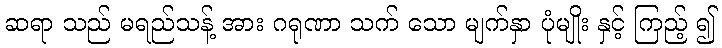
ဆရာ သည် မရည်သန့် အား ဂရုဏာ သက် သော မျက်နှာ ပုံမျိုး နှင့် ကြည့် ၍